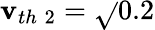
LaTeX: \mathbf{v}_{th\; 2}=\sqrt{}{{0.2}}